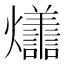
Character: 𭶩